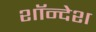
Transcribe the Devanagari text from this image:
शॉन्देश